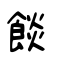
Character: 餤